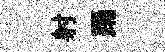
射踊